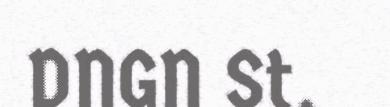
DNGN St.